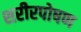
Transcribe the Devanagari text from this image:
शरीरपोषण